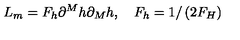
L _ { m } = F _ { h } \partial ^ { M } h \partial _ { M } h , \quad F _ { h } = 1 / \left( 2 F _ { H } \right)